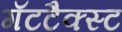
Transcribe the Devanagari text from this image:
गॅटटैक्स्ट